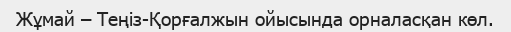
Жұмай – Теңіз-Қорғалжын ойысында орналасқан көл.